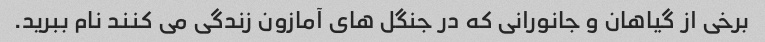
برخی از گیاهان و جانورانی که در جنگل های آمازون زندگی می کنند نام ببرید.